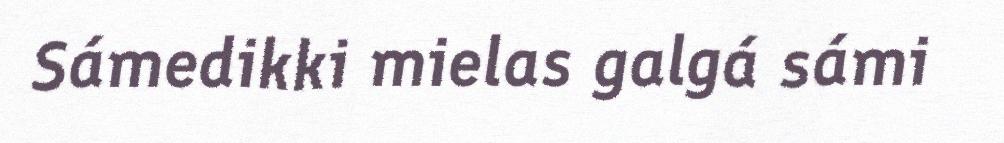
Sámedikki mielas galgá sámi